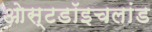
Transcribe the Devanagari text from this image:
ओस्टडॉइचलांड